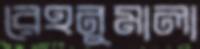
রেহনুমালা